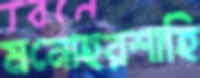
মনোহরশাহি